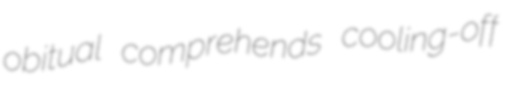
obitual comprehends cooling-off